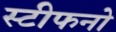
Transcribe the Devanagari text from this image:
स्टीफनो